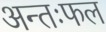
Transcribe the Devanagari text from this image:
अन्तःफल